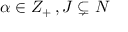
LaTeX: \alpha \in Z _ { + } \, , J \subsetneq N